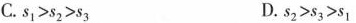
C. $$s _ { 1 } > s _ { 2 } > s _ { 3 }$$